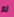
لم